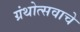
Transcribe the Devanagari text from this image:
ग्रंथोत्सवाचे